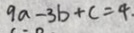
9 a - 3 b + c = 4 .